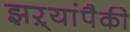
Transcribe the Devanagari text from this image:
झऱ्यांपैकी